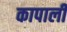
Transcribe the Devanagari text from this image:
कापाली